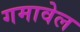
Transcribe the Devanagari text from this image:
गमावेल